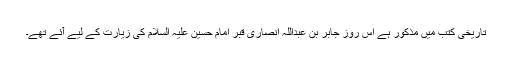
تاریخی کتب میں مذکور ہے اس روز جابر بن عبداللہ انصاری قبر امام حسین علیہ السلام کی زیارت کے لیے آئے تھے۔